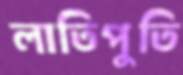
লাতিপুতি